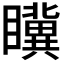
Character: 𭿮